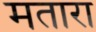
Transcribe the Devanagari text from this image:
मतारा